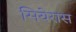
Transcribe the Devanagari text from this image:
सियेरास